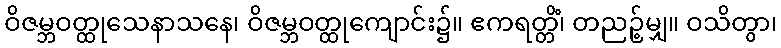
ဝိဇမ္ဘဝတ္ထုသေနာသနေ၊ ဝိဇမ္ဘဝတ္ထုကျောင်း၌။ ဧကရတ္တိံ၊ တညဉ့်မျှ။ ဝသိတွာ၊